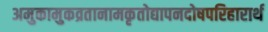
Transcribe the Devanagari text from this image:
अमुकामुकव्रतानामकृतोद्यापनदोषपरिहारार्थ